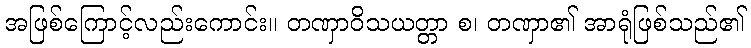
အဖြစ်ကြောင့်လည်းကောင်း။ တဏှာဝိသယတ္တာ စ၊ တဏှာ၏ အာရုံဖြစ်သည်၏